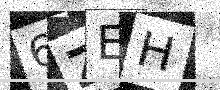
Text: 6ZEH